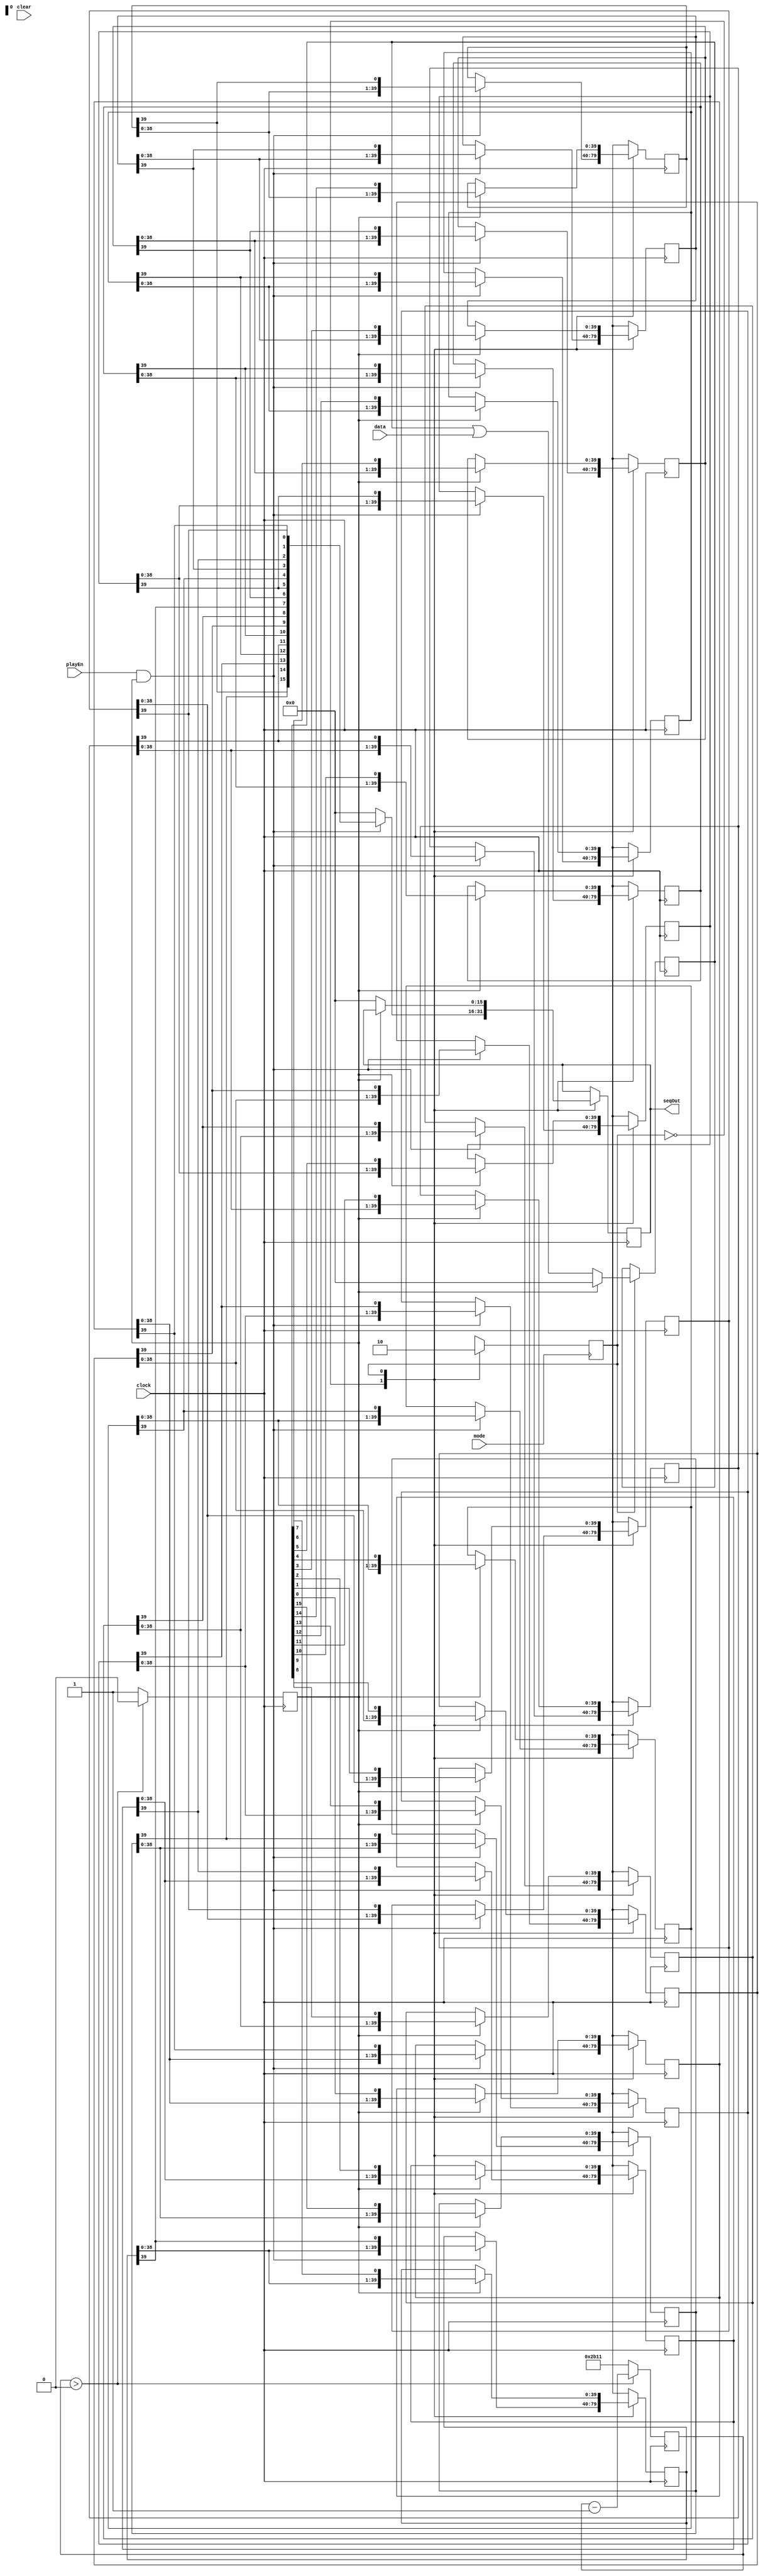
module Channel(input mode, input clear, input playEn, input clock, input[15:0] data, output[15:0] seqOut);
	
	parameter PLAYING = 0, RECORDING = 1;
	
	wire currentState;
	
	reg nextState;
	initial nextState = PLAYING;
	
	always @(posedge mode) begin
		case (currentState)
			PLAYING:
				nextState <= RECORDING;
			RECORDING:
				nextState <= PLAYING;
		endcase
	end
		
	assign currentState = nextState;
	
	
	reg [13:0] counter;
	//change this number...
	initial counter = 14'b10101100010001;
	//initial counter = 14'b00000000000010;
	
	reg pulse;
	initial pulse = 0;
	
	reg[39:0] seq0, seq1, seq2, seq3, seq4, seq5, seq6, seq7, seq8, seq9, seq10, seq11, seq12, seq13, seq14, seq15;
	reg[15:0] seqOutHold;
	
	initial seq0 = 40'b0;
	initial seq1 = 40'b0;
	initial seq2 = 40'b0;
	initial seq3 = 40'b0;
	initial seq4 = 40'b0;
	initial seq5 = 40'b0;
	initial seq6 = 40'b0;
	initial seq7 = 40'b0;
	initial seq8 = 40'b0;
	initial seq9 = 40'b0;
	initial seq10 = 40'b0;
	initial seq11 = 40'b0;
	initial seq12 = 40'b0;
	initial seq13 = 40'b0;
	initial seq14 = 40'b0;
	initial seq15 = 40'b0;
	
	reg[15:0] dataHold;
	initial dataHold = 16'b0;
	
	always @(posedge clock) begin
		
		if (counter > 0) begin
			counter <= counter - 1'b1;
			pulse <= 0;
		end
		else begin
			counter <= 14'b10101100010001;
			//counter = 14'b00000000000010;
			pulse <= 1;
		end
	
		case (currentState)
			PLAYING: begin
				if (playEn && pulse) begin
					
					seqOutHold <= {seq15[39], seq14[39], seq13[39], seq12[39], seq11[39], seq10[39], seq9[39], seq8[39], seq7[39], seq6[39], seq5[39], seq4[39], seq3[39], seq2[39], seq1[39], seq0[39]};
								
					seq0 <= {seq0[38:0], seq0[39]};
					seq1 <= {seq1[38:0], seq1[39]};
					seq2 <= {seq2[38:0], seq2[39]};
					seq3 <= {seq3[38:0], seq3[39]};
					seq4 <= {seq4[38:0], seq4[39]};
					seq5 <= {seq5[38:0], seq5[39]};
					seq6 <= {seq6[38:0], seq6[39]};
					seq7 <= {seq7[38:0], seq7[39]};
					seq8 <= {seq8[38:0], seq8[39]};
					seq9 <= {seq9[38:0], seq9[39]};
					seq10 <= {seq10[38:0], seq10[39]};
					seq11 <= {seq11[38:0], seq11[39]};
					seq12 <= {seq12[38:0], seq12[39]};
					seq13 <= {seq13[38:0], seq13[39]};
					seq14 <= {seq14[38:0], seq14[39]};
					seq15 <= {seq15[38:0], seq15[39]};
					
					//
					//dataHold <= 2'b0;
				
				end
				else begin
				
					seq0 <= seq0;
					seq1 <= seq1;
					seq2 <= seq2;
					seq3 <= seq3;
					seq4 <= seq4;
					seq5 <= seq5;
					seq6 <= seq6;
					seq7 <= seq7;
					seq8 <= seq8;
					seq9 <= seq9;
					seq10 <= seq10;
					seq11 <= seq11;
					seq12 <= seq12;
					seq13 <= seq13;
					seq14 <= seq14;
					seq15 <= seq15;
					
					seqOutHold <= 16'b0;
					
					//
					//dataHold <= 2'b0;
				
				end
			end
			RECORDING: begin
			
				dataHold <= dataHold | data;
			
				if (pulse) begin

					seq0 <= {seq0[38:0], dataHold[0]};
					seq1 <= {seq1[38:0], dataHold[1]};
					seq2 <= {seq2[38:0], dataHold[2]};
					seq3 <= {seq3[38:0], dataHold[3]};
					seq4 <= {seq4[38:0], dataHold[4]};
					seq5 <= {seq5[38:0], dataHold[5]};
					seq6 <= {seq6[38:0], dataHold[6]};
					seq7 <= {seq7[38:0], dataHold[7]};
					seq8 <= {seq8[38:0], dataHold[8]};
					seq9 <= {seq9[38:0], dataHold[9]};
					seq10 <= {seq10[38:0], dataHold[10]};
					seq11 <= {seq11[38:0], dataHold[11]};
					seq12 <= {seq12[38:0], dataHold[12]};
					seq13 <= {seq13[38:0], dataHold[13]};
					seq14 <= {seq14[38:0], dataHold[14]};
					seq15 <= {seq15[38:0], dataHold[15]};
					
				
					dataHold <= 16'b0;
					
					//
					//seqOutHold <= 2'b0;
				
				end
				else begin
					
					//dataHold <= dataHold | data;
					
					seq0 <= seq0;
					seq1 <= seq1;
					seq2 <= seq2;
					seq3 <= seq3;
					seq4 <= seq4;
					seq5 <= seq5;
					seq6 <= seq6;
					seq7 <= seq7;
					seq8 <= seq8;
					seq9 <= seq9;
					seq10 <= seq10;
					seq11 <= seq11;
					seq12 <= seq12;
					seq13 <= seq13;
					seq14 <= seq14;
					seq15 <= seq15;
					
					seqOutHold <= 16'b0;
				
				end
				
			end
		endcase
	end
	
	assign seqOut = seqOutHold;
	
endmodule